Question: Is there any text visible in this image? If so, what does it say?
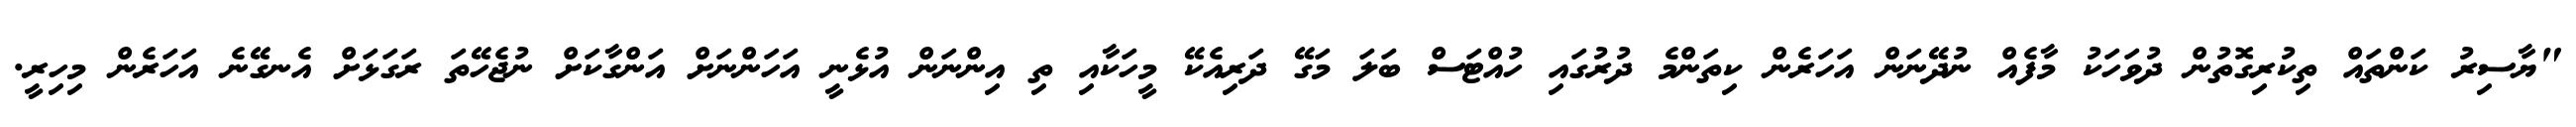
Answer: "ޔާސިރު ކަންތައް ތިކުރިގޮތުން ދުވަހަކު މާފެއް ނުދޭނަން އަހަރެން ކިތަންމެ ދުރުގައި ހުއްޓަސް ބަލަ މަގޭ ދަރިއެކޭ މީހަކާއި ތި އިންނަން އުޅެނީ އަހަންނަށް އަންގާކަށް ނުޖެހޭތަ ރަގަޅަށް އެނގޭނެ އަހަރެން މިހިރީ.